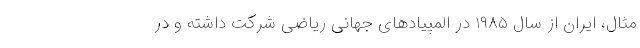
مثال، ایران از سال ۱۹۸۵ در المپیادهای جهانی ریاضی شرکت داشته و در